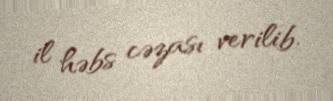
il həbs cəzası verilib.